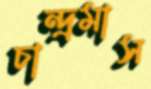
চান্দ্রমাস